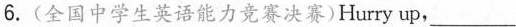
6.(全国中学生英语能力竞赛决赛)Hurry up, ___